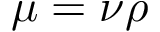
\mu = \nu \rho